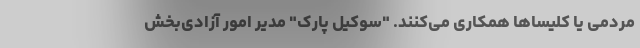
مردمی یا کلیساها همکاری می‌کنند. "سوکیل پارک" مدیر امور آزادی‌بخش